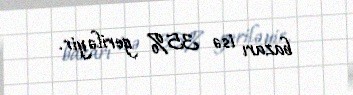
bazarı isə 35% geriləyir.